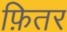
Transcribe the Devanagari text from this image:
फ़ितर